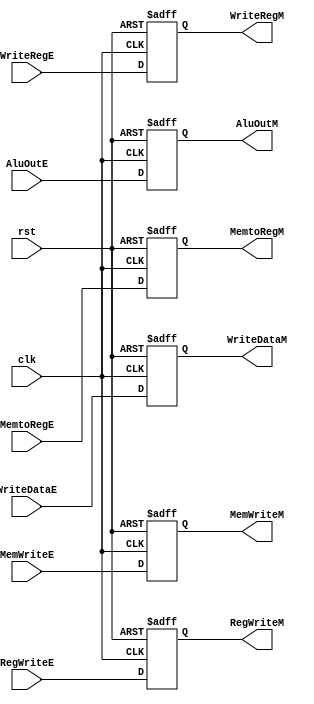
module memory_reg (
    input wire clk,
    input wire rst,
    //control sigs
    input wire RegWriteE,
    input wire MemtoRegE,
    input wire MemWriteE,
    //Alu sigs 
    input wire [31:0] AluOutE,
    input wire [31:0] WriteDataE,
    input wire [4:0] WriteRegE,
    //outputs control sigs
    output reg RegWriteM,
    output reg MemtoRegM,
    output reg MemWriteM,
    // outputs sigs
    output reg [31:0] AluOutM,
    output reg [31:0] WriteDataM,
    output reg [4:0] WriteRegM 
);

    always @(posedge clk or negedge rst) begin
        if (!rst)
        begin
            RegWriteM <= 1'b0;
            MemtoRegM <= 1'b0;
            MemWriteM <= 1'b0;
            AluOutM   <= 32'b0;
            WriteDataM<= 32'b0;
            WriteRegM <= 5'b0;  
        end
        else 
        begin
            RegWriteM <= RegWriteE;
            MemtoRegM <= MemtoRegE;
            MemWriteM <= MemWriteE;
            AluOutM   <= AluOutE;
            WriteDataM<= WriteDataE;
            WriteRegM <= WriteRegE;
        end

    end

endmodule